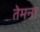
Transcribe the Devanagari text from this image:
तेमना